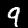
Digit: 9